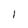
Character: 1